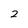
Character: 2